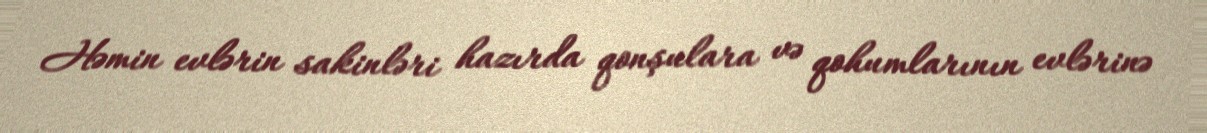
Həmin evlərin sakinləri hazırda qonşulara və qohumlarının evlərinə